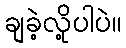
ချခဲ့လို့ပါပဲ။